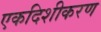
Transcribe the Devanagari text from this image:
एकदिशीकरण